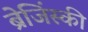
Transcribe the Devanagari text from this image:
ब्रेजिंस्की